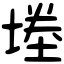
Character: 堘